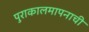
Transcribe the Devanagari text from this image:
पुराकालमापनाची